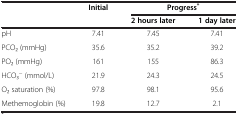
<table><thead><tr><td rowspan="2"><b> </b></td><td rowspan="2"><b>Initial</b></td><td colspan="2"><b>Progress<sup>*</sup></b></td></tr><tr><td><b>2 hours later</b></td><td><b>1 day later</b></td></tr></thead><tbody><tr><td>pH</td><td>7.41</td><td>7.45</td><td>7.41</td></tr><tr><td>PCO2 (mmHg)</td><td>35.6</td><td>35.2</td><td>39.2</td></tr><tr><td>PO2 (mmHg)</td><td>161</td><td>155</td><td>86.3</td></tr><tr><td>HCO3<sup>−</sup> (mmol/L)</td><td>21.9</td><td>24.3</td><td>24.5</td></tr><tr><td>O2 saturation (%)</td><td>97.8</td><td>98.1</td><td>95.6</td></tr><tr><td>Methemoglobin (%)</td><td>19.8</td><td>12.7</td><td>2.1</td></tr></tbody></table>